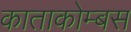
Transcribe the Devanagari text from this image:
काताकोम्बस